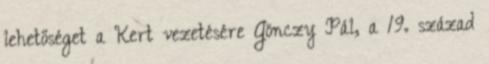
lehetőséget a Kert vezetésére Gönczy Pál, a 19. század